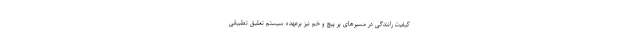
کیفیت رانندگی در مسیرهای پر پیچ و خم نیز برعهده سیستم تعلیق تطبیقی